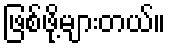
ဖြစ်ဖို့များတယ်။